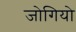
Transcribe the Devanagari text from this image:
जोगियो